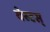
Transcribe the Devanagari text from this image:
वेस्टस्‌